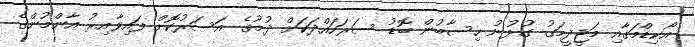
އޯކިޑްމަގާއި މަޖީދީމަގު ގުޅުނު ހިސާބުން ބޮޑު ސަރަހައްދަކަށް ދުމުގެ އަސަރުކޮށް ފައިވާއިރު އާންމުންގެ